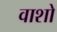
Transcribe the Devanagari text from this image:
वाशो